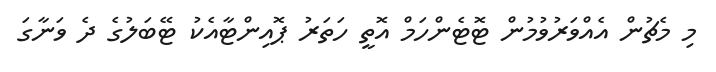
މި މެޗުން އެއްވަރުވުމުން ޓޮޓެންހަމް އޮތީ ހަތަރު ޕޮއިންޓާއެކު ޓޭބަލުގެ ދެ ވަނާގަ